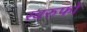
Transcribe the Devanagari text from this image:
स्वरुफो